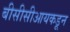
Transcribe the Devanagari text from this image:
बीसीसीआयकडून